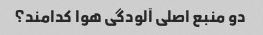
دو منبع اصلی آلودگی هوا کدامند؟